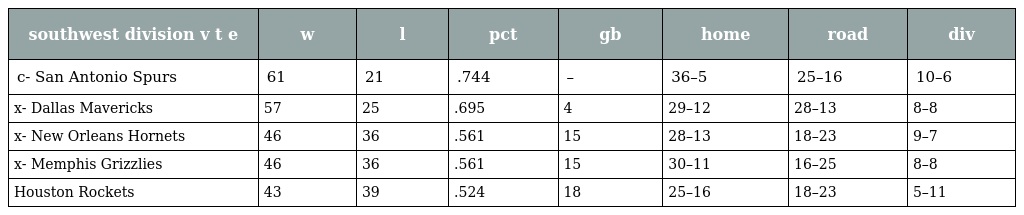
| southwest division v t e | w | l | pct | gb | home | road | div |
 | --- | --- | --- | --- | --- | --- | --- | --- |
 | c- San Antonio Spurs | 61 | 21 | .744 | – | 36–5 | 25–16 | 10–6 |
 | x- Dallas Mavericks | 57 | 25 | .695 | 4 | 29–12 | 28–13 | 8–8 |
 | x- New Orleans Hornets | 46 | 36 | .561 | 15 | 28–13 | 18–23 | 9–7 |
 | x- Memphis Grizzlies | 46 | 36 | .561 | 15 | 30–11 | 16–25 | 8–8 |
 | Houston Rockets | 43 | 39 | .524 | 18 | 25–16 | 18–23 | 5–11 |